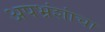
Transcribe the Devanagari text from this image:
अपभ्रंशांचा